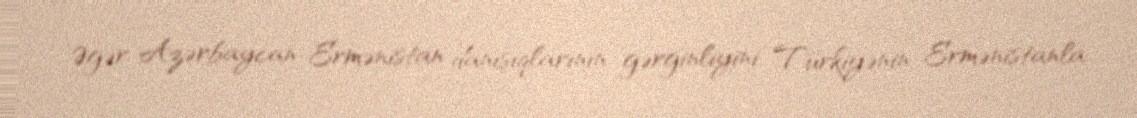
Əgər Azərbaycan-Ermənistan danışıqlarının gərginliyini, Türkiyənin Ermənistanla